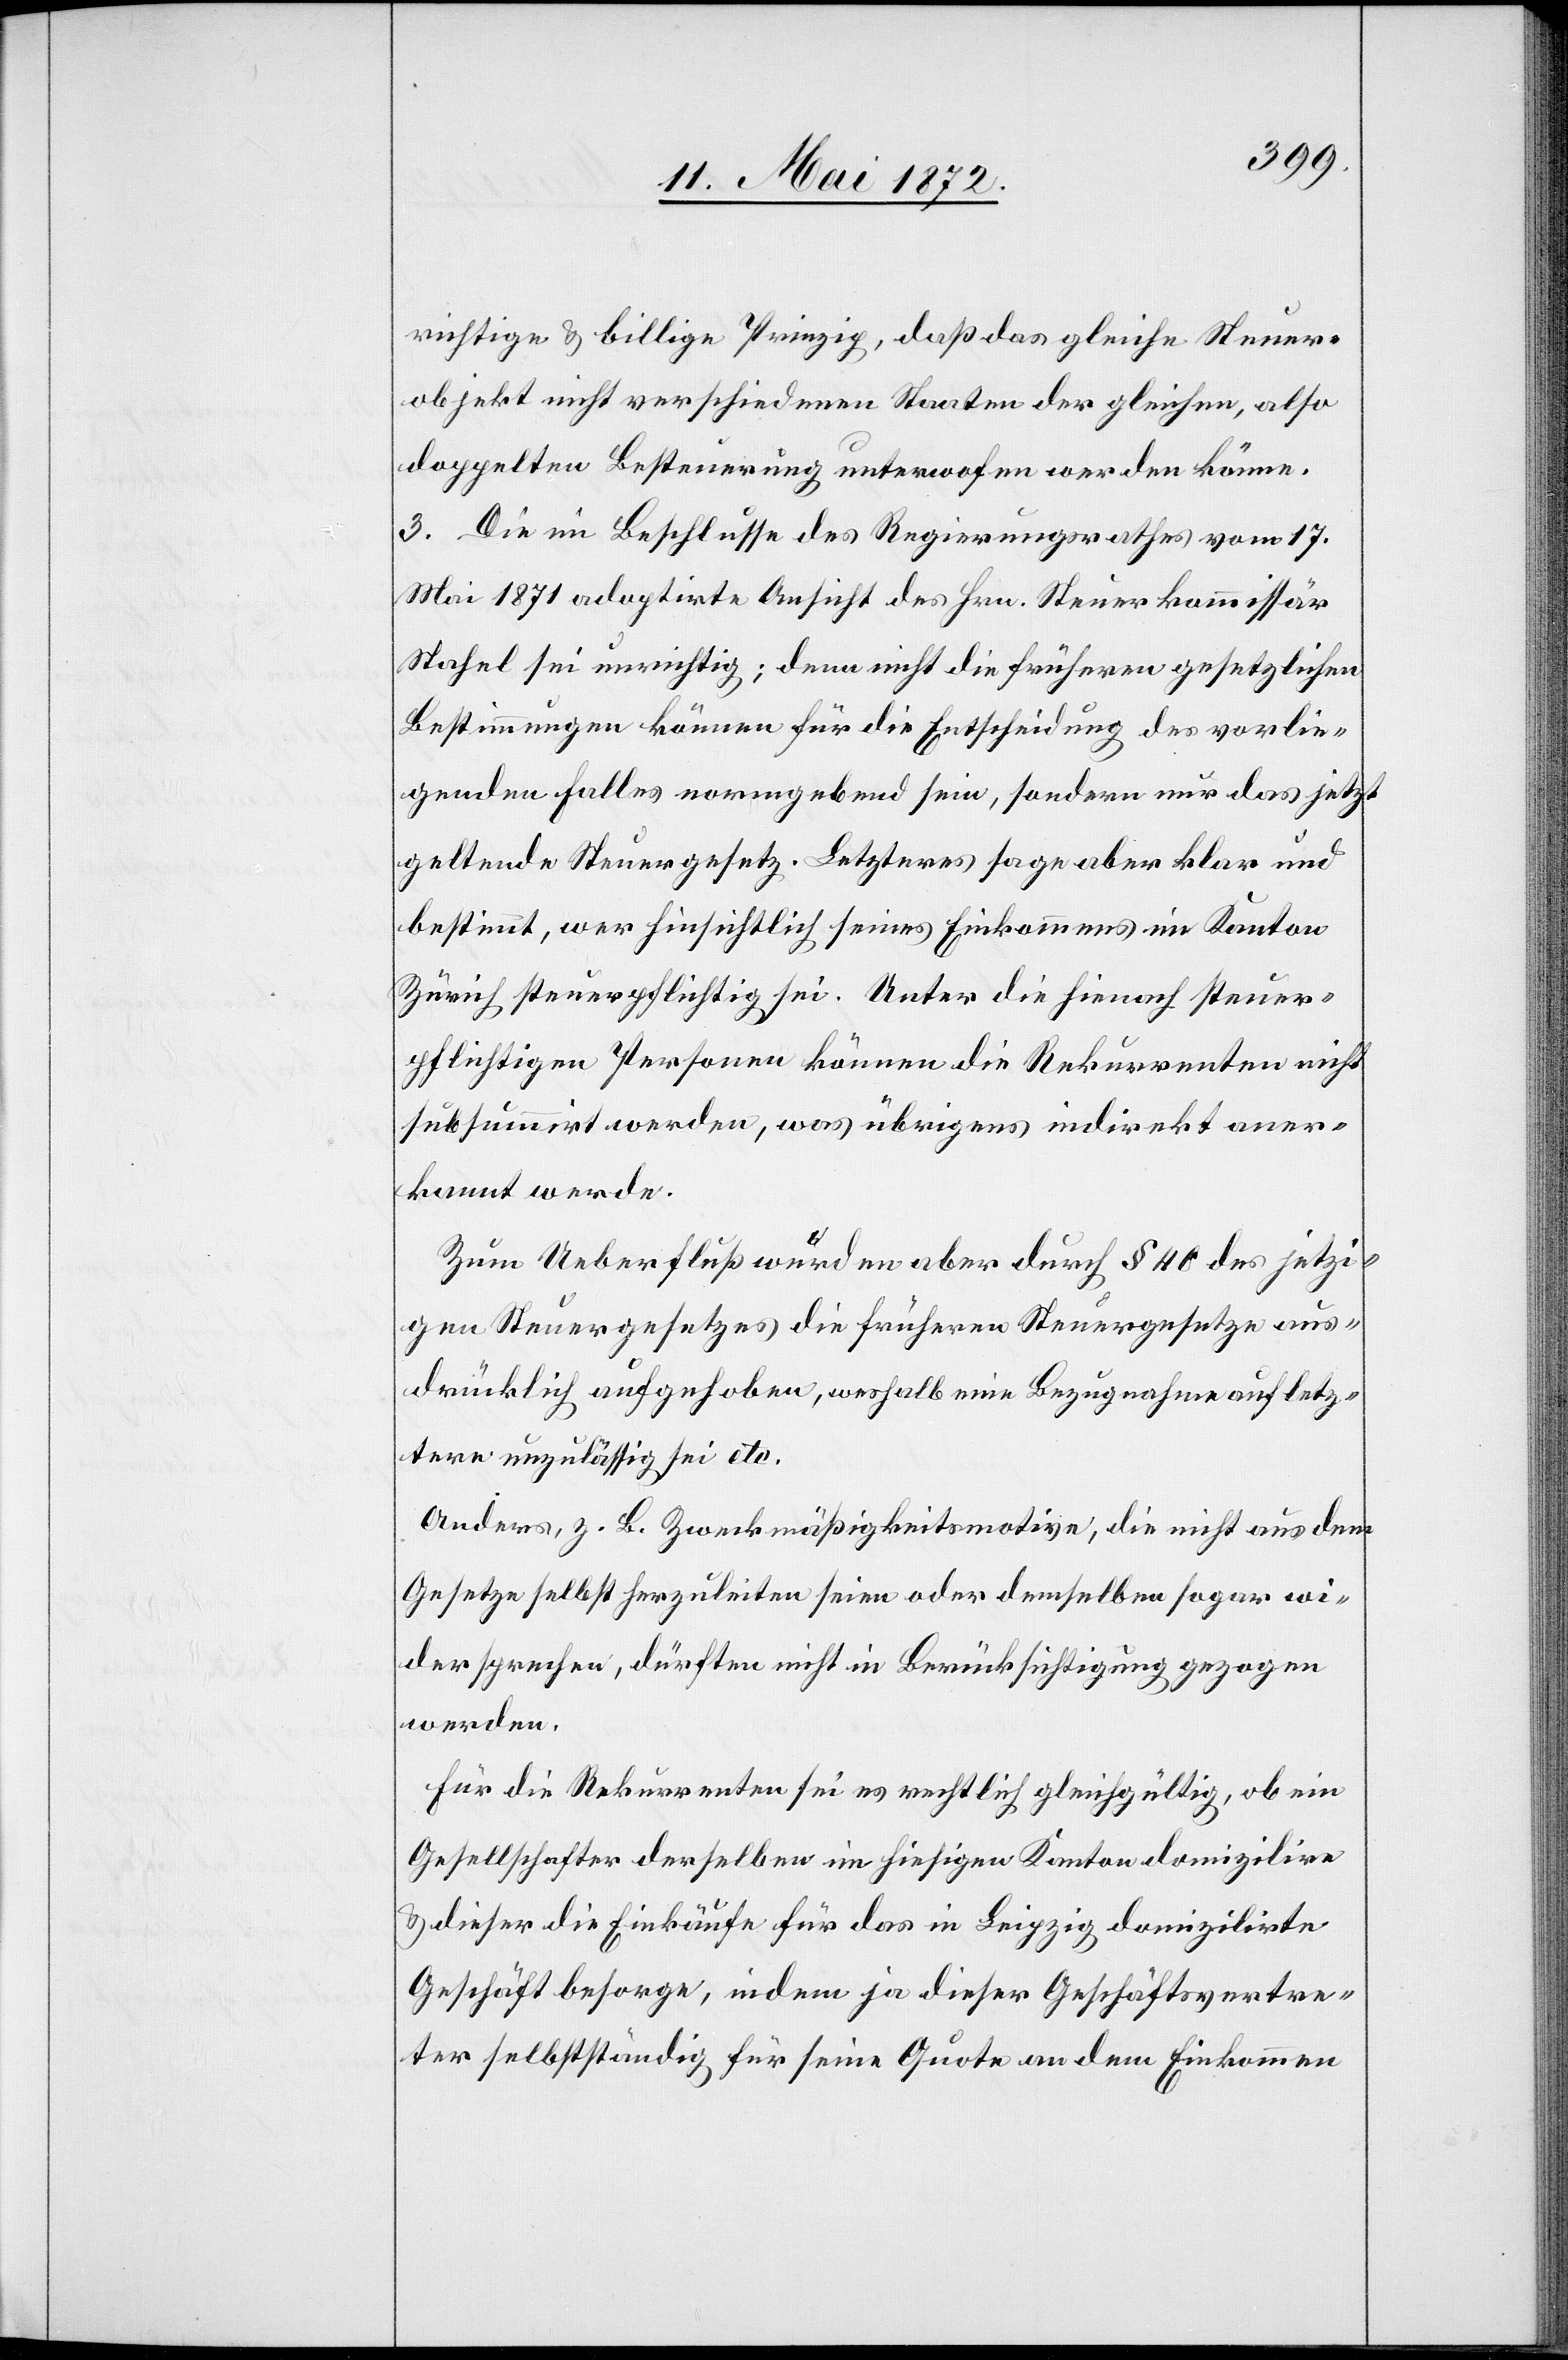
richtige u. billige Prinzip, daß das gleiche Steuer¬
objekt nicht verschiedenen Staaten der gleichen, also
doppelten Besteuerung unterworfen werden könne.
3. Die im Beschlusse des Regierungsrathes vom 17.
Mai 1871 adoptirte Ansicht des Hrn. Steuerkommissär
Stahel sei unrichtig; denn nicht die früheren gesetzlichen
Bestimmungen können für die Entscheidung des vorlie¬
genden Falles normgebend sein, sondern nur das jetzt
geltende Steuergesetz. Letzteres sage aber klar und
bestimmt, wer hinsichtlich seines Einkommens im Kanton
Zürich steuerpflichtig sei. Unter die hienach steuer¬
pflichtigen Personen können die Rekurrenten nicht
subsummirt werden, was übrigens indirekt aner¬
kannt werde.
Zum Ueberfluß wurden aber durch § 40 des jetzi¬
gen Steuergesetzes die früheren Steuergesetze aus¬
drücklich aufgehoben, weshalb eine Bezugnahme auf letz¬
tere unzulässig sei etc.
Anders, z. B. Zweckmäßigkeitsmotive, die nicht aus dem
Gesetze selbst herzuleiten seien oder demselben sogar wi¬
dersprechen, dürften nicht in Berücksichtigung gezogen
werden.
Für die Rekurrenten sei es rechtlich gleichgültig, ob ein
Gesellschafter derselben im hiesigen Kanton domizilire
u. dieser die Einkäufe für das in Leipzig domizilirte
Geschäft besorge, indem ja dieser Geschäftsvertre¬
ter selbstständig für seine Quote an dem Einkommen